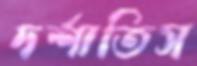
দর্শাতিস